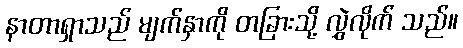
နာတာရှာသည် မျက်နှာကို တခြားသို့ လွှဲလိုက် သည်။